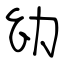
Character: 幼